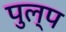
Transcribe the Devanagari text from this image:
पुल्प